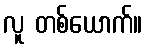
လူ တစ်ယောက်။